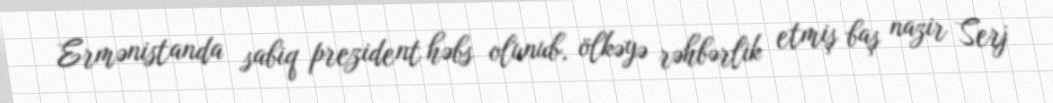
Ermənistanda sabiq prezident həbs olunub, ölkəyə rəhbərlik etmiş baş nazir Serj